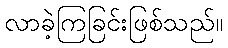
လာခဲ့ကြခြင်းဖြစ်သည်။